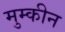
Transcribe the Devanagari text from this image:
मुम्कीन